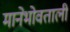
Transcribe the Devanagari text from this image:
मानेभोवताली